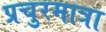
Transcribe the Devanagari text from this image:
प्रचुरमात्रा